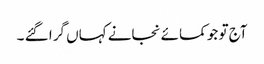
آج تو جو کمائے نجانے کہاں گرا گئے ۔